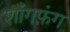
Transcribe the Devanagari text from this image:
शाँगफ़ंग